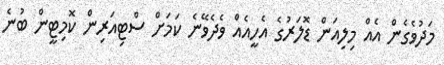
މަދުވެގެން އެއް މިލިއަން ޑޮލަރުގެ އެހީއެއް ވެދެވޭނެ ކަމަށް ސްޓިއަރިން ކޮމިޓީން ބުނެ